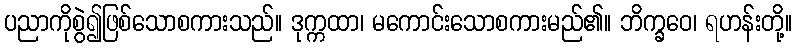
ပညာကိုစွဲ၍ဖြစ်သောစကားသည်။ ဒုက္ကထာ၊ မကောင်းသောစကားမည်၏။ ဘိက္ခဝေ၊ ရဟန်းတို့။